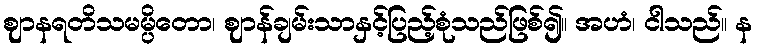
ဈာနရတိသမမ္ပိတော၊ ဈာန်ချမ်းသာနှင့်ပြည့်စုံသည်ဖြစ်၍။ အဟံ၊ ငါသည်။ န